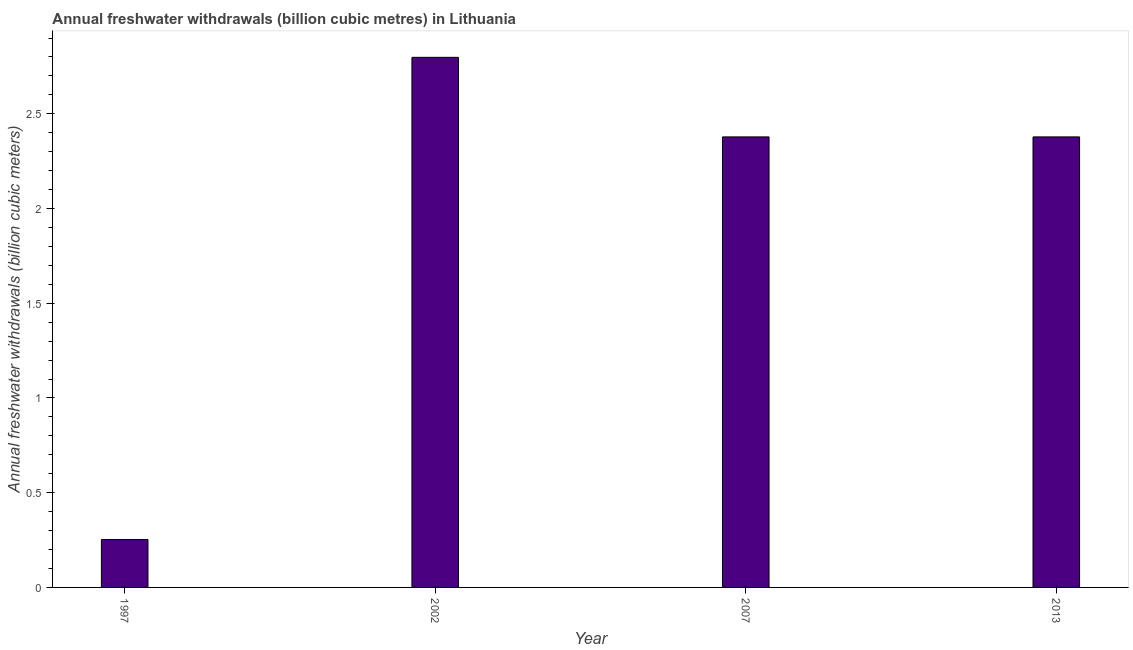
| Year | Annual freshwater withdrawals |
 | --- | --- |
 | 1997 | 0.253 |
 | 2002 | 2.8 |
 | 2007 | 2.38 |
 | 2013 | 2.38 |